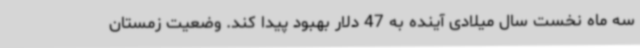
سه ماه نخست سال میلادی آینده به 47 دلار بهبود پیدا کند. وضعیت زمستان